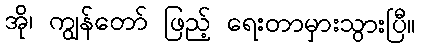
အို၊ ကျွန်တော် ဖြည့် ရေးတာမှားသွားပြီ။